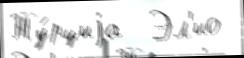
Ту́рциjа  Эл'ио